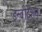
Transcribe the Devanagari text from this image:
इन्वीटेशन